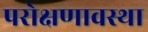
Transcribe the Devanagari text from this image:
परोक्षणावस्था